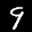
Label: 9